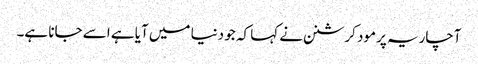
آچاریہ پرمود کرشنن نے کہا کہ جو دنیا میں آیا ہے اسے جانا ہے۔